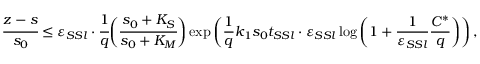
\cfrac { z - s } { s _ { 0 } } \leq \varepsilon _ { S S l } \cdot \cfrac { 1 } { q } \bigg ( \cfrac { s _ { 0 } + K _ { S } } { s _ { 0 } + K _ { M } } \bigg ) \exp \left( \frac 1 q k _ { 1 } s _ { 0 } t _ { S S l } \cdot \varepsilon _ { S S l } \log \left( 1 + \frac { 1 } { \varepsilon _ { S S l } } \frac { C ^ { * } } { q } \right) \right) ,